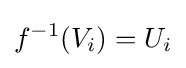
f^{-1}(V_{i})=U_{i}